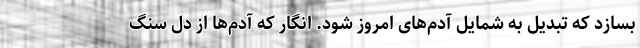
بسازد که تبدیل به شمایل آدم‌های امروز شود. انگار که آدم‌ها از دل سنگ